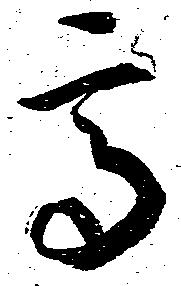
高